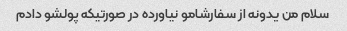
سلام من یدونه از سفارشامو نیاورده در صورتیکه پولشو دادم